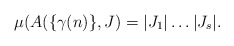
\begin{align*}\mu(A(\{\gamma(n)\}, J) = |J_1|\dots|J_s|.\end{align*}